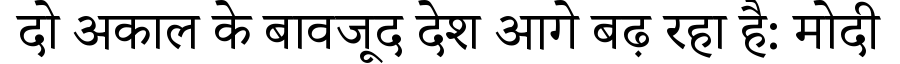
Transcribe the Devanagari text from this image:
दो अकाल के बावजूद देश आगे बढ़ रहा है: मोदी